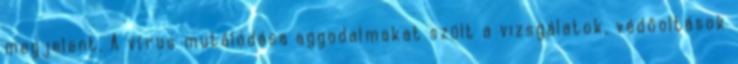
megjelent. A vírus mutálódása aggodalmakat szült a vizsgálatok, védőoltások